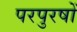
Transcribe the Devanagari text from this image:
परपुरषों